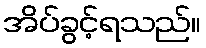
အိပ်ခွင့်ရသည်။